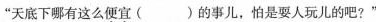
”天底下哪有这么便宜()的事儿，怕是要人玩儿的吧?”